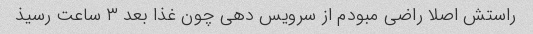
راستش اصلا راضی مبودم از سرویس دهی چون غذا بعد ۳ ساعت رسیذ